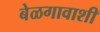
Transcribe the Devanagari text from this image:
बेळगावाशी